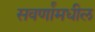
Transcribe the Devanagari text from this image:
सवर्णांमधील